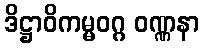
ဒိဋ္ဌာဝိကမ္မဝဂ္ဂ ဝဏ္ဏနာ